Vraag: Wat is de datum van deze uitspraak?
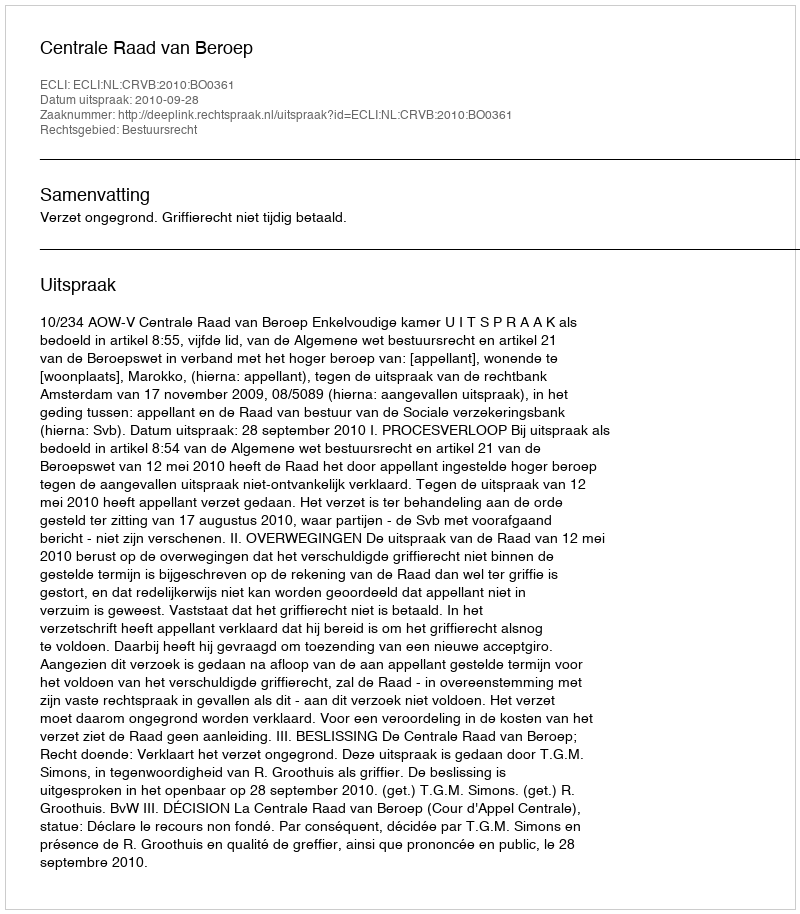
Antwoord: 2010-09-28